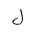
Letter: _lam